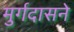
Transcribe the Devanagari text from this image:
मुर्गदासने